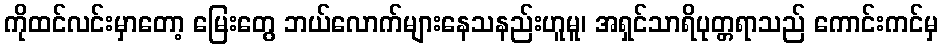
ကိုထင်လင်းမှာတော့ မြေးတွေ ဘယ်လောက်များနေသနည်းဟူမူ၊ အရှင်သာရိပုတ္တရာသည် ကောင်းကင်မှ